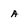
Character: a